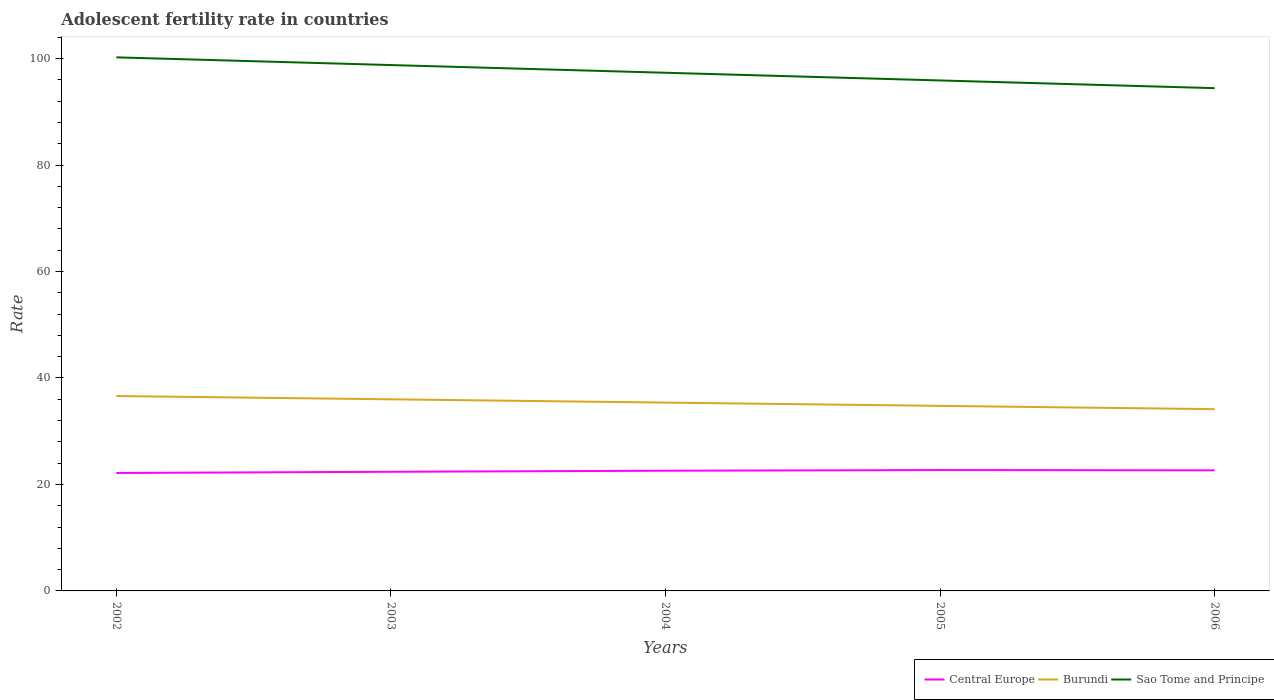
| Years | Central Europe | Burundi | Sao Tome and Principe |
 | --- | --- | --- | --- |
 | 2002 | 22.2 | 36.6 | 100 |
 | 2003 | 22.4 | 36 | 98.8 |
 | 2004 | 22.6 | 35.4 | 97.3 |
 | 2005 | 22.7 | 34.8 | 95.9 |
 | 2006 | 22.7 | 34.1 | 94.4 |